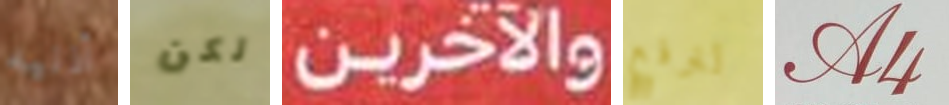
أذنيه لكن والآخرين لنرفع A4